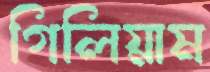
গিলিয়াম